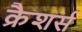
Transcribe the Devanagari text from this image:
क्रैशर्स